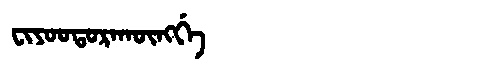
Manchu: ᠸᡳᠶᠣᠣᡨᠣᡵᠠᡴᡡᠩᡤᡝ
Romanization: FIYOOTORAKŪNGGE